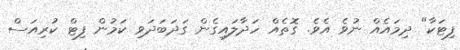
ފިޓަކާ" ދިމައެއް ނުވެ އެވެ. ގޮތެއް ހަދާލައިގެން ގަދަބަދަވި ކަމުން ފިޓް ކުރިއަސް